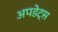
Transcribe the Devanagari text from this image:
अपडेट्स